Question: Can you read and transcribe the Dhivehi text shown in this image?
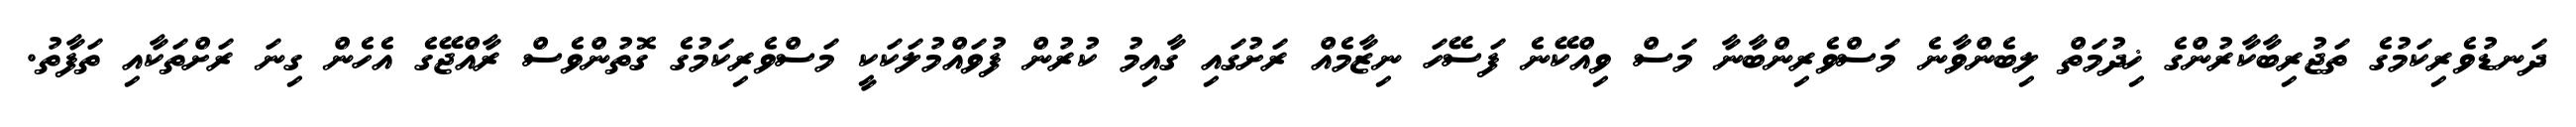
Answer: ދަނޑުވެރިކަމުގެ ތަޖުރިބާކާރުންގެ ޚިދުމަތް ލިބެންވާނެ މަސްވެރިންބާނާ މަސް ވިއްކޭނެ ފަސޭހަ ނިޒާމެއް ރަށުގައި ގާއިމު ކުރުން ފުވައްމުލަކަކީ މަސްވެރިކަމުގެ ގޮތުންވެސް ރާއްޖޭގެ އެހެން ގިނަ ރަށްތަކާއި ތަފާތު.